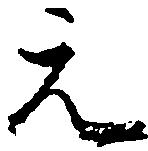
元